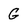
Character: G